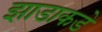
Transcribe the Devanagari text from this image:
झाडाकडे